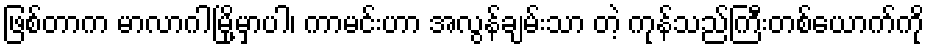
ဖြစ်တာက မာလာဂါမြို့မှာပါ၊ ကာမင်းဟာ အလွန်ချမ်းသာ တဲ့ ကုန်သည်ကြီးတစ်ယောက်ကို